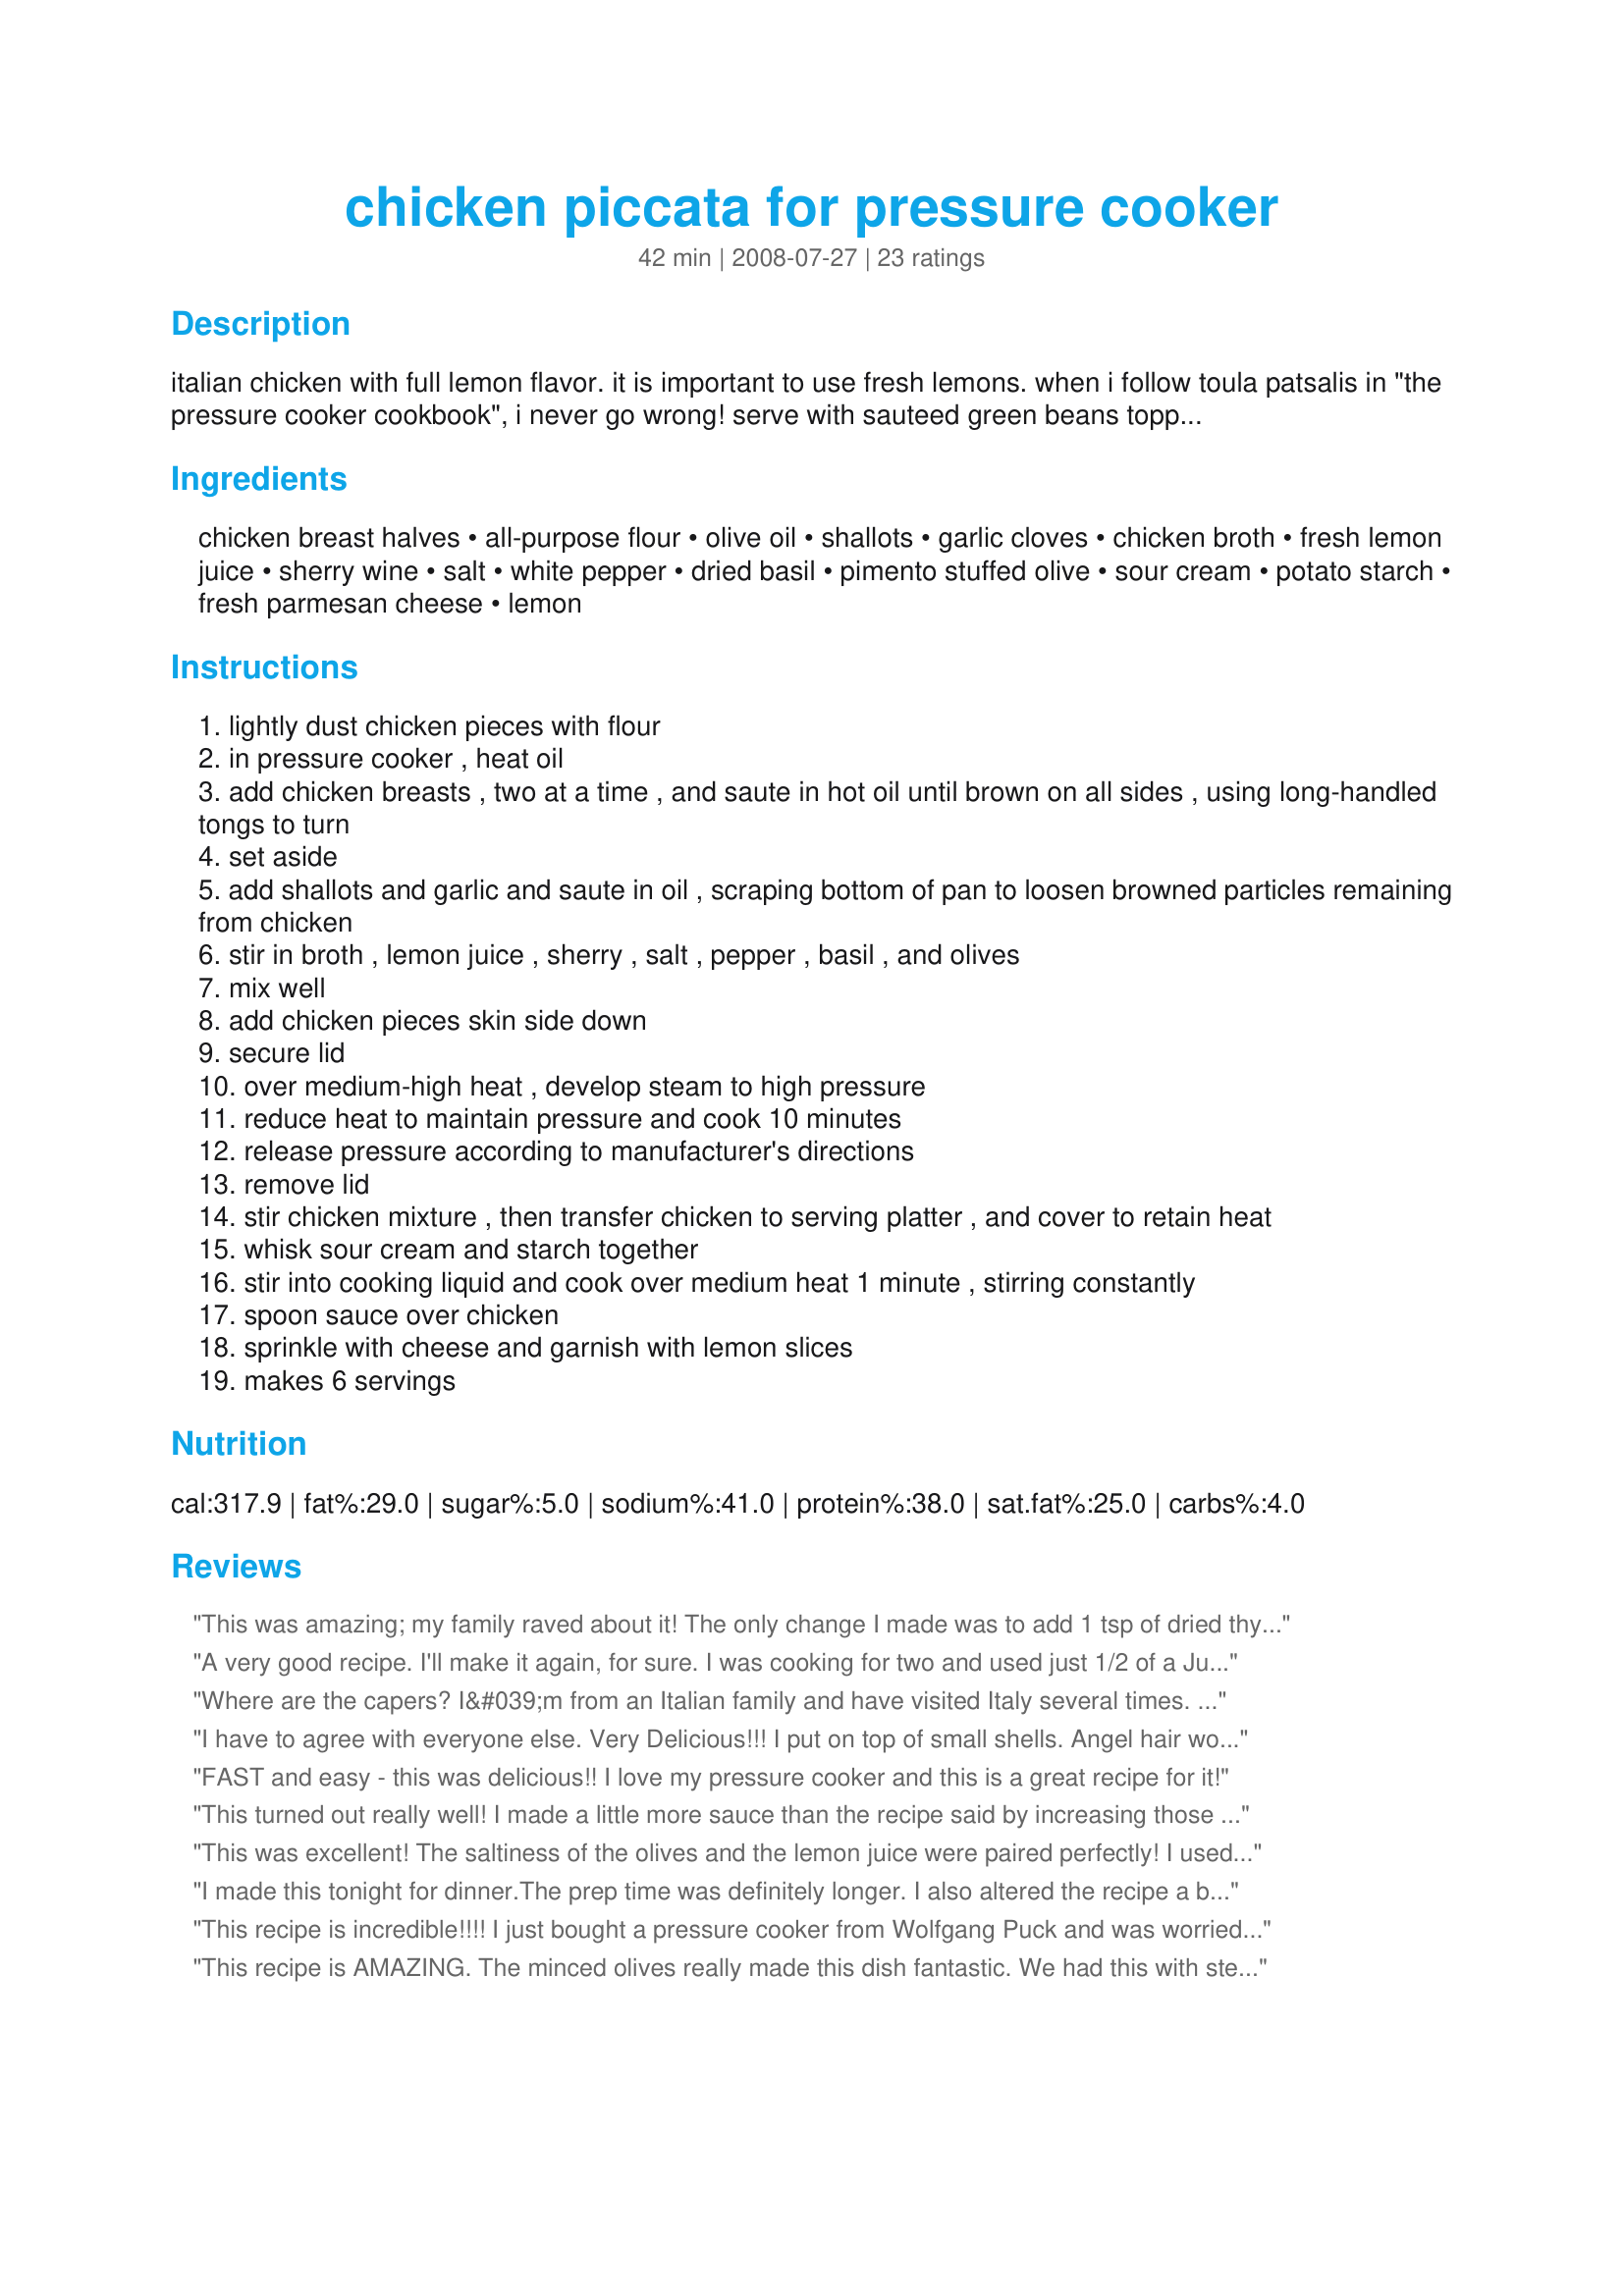
chicken piccata for pressure cooker
Preparation time: 42 minutes

italian chicken with full lemon flavor. it is important to use fresh lemons. when i follow toula patsalis in "the pressure cooker cookbook", i never go wrong! serve with sauteed green beans topped with toasted slivered almonds.

Ingredients:
chicken breast halves, all-purpose flour, olive oil, shallots, garlic cloves, chicken broth, fresh lemon juice, sherry wine, salt, white pepper, dried basil, pimento stuffed olive, sour cream, potato starch, fresh parmesan cheese, lemon

Steps:
lightly dust chicken pieces with flour
in pressure cooker , heat oil
add chicken breasts , two at a time , and saute in hot oil until brown on all sides , using long-handled tongs to turn
set aside
add shallots and garlic and saute in oil , scraping bottom of pan to loosen browned particles remaining from chicken
stir in broth , lemon juice , sherry , salt , pepper , basil , and olives
mix well
add chicken pieces skin side down
secure lid
over medium-high heat , develop steam to high pressure
reduce heat to maintain pressure and cook 10 minutes
release pressure according to manufacturer's directions
remove lid
stir chicken mixture , then transfer chicken to serving platter , and cover to retain heat
whisk sour cream and starch together
stir into cooking liquid and cook over medium heat 1 minute , stirring constantly
spoon sauce over chicken
sprinkle with cheese and garnish with lemon slices
makes 6 servings

Reviews:
This was amazing; my family raved about it! The only change I made was to add 1 tsp of dried thyme because I always add thyme to lemon-chicken. :) This is a definite keeper for us; thanks for sharing it! I am always looking for great recipes for my PC.
A very good recipe. I'll make it again, for sure. I was cooking for two and used just 1/2 of a Jurassic Park-sized, boneless-skinless chicken breast (16+ ounces). I used much less than 1/4 cup of olive oil since I was only browning 1/2 a breast. I made the full amount of sauce as I was serving it over spaghetti. One cup of olives seemed excessive, I used 1/2 C and it was just fine. Next time, I'll cut the lemon juice by 1 or 2 Tbs. and I think it'll be just perfect for my taste. Thanks for the recipe and I'll have to check out that slow cooker cookbook you mentioned.
Where are the capers? I&#039;m from an Italian family and have visited Italy several times. Capers are ALWAYS a part of picatta in my book. I guess the olives took the place of the capers in this recipe. I followed the recipe pretty closely except I used a jar (about 1/4 cup) of capers in place of the olives. I also left out the cream. It came out quite good! Although I haven&#039;t tried it in my pressure cooker, thinly sliced pork loin can be used instead of chicken. Works great on the stove in a csat iron skillet, so should work fine with this recipe. Over all, good recipe!
I have to agree with everyone else. Very Delicious!!! I put on top of small shells. Angel hair would have been even better!!
FAST and easy - this was delicious!! I love my pressure cooker and this is a great recipe for it!
This turned out really well! I made a little more sauce than the recipe said by increasing those ingredients. I'm glad I did cuz we loved it. I also used jalapeno stuffed olives as that's what I had on hand.
This was excellent! The saltiness of the olives and the lemon juice were paired perfectly! I used chicken breasts and they were SO tender. I would recommend eliminating the 2 t. of salt, I think it was salty enough.
I made this tonight for dinner.The prep time was definitely longer. I also altered the recipe a bit. I had everything I needed except chicken broth, so I used 2 packets of oodles-a-noodles with 1 cup of water, I didn&#039;t use olives &amp; I used half of a lemon ( I don&#039;t like a over powering of lemon flavor). &amp; I served it over spaghetti. Very tasty dish. I will definitely make it again.
This recipe is incredible!!!! I just bought a pressure cooker from Wolfgang Puck and was worried about finding some recipes, considering the book they send you is a joke...I decided to try this one and I have to tell you,...I made it for my family of 5 and when dinner was done there was not a drop to be found!!!! My sons are very picky and never finish their dinner and it was GONE! The only things I changed were: I added more chicken broth (I like it to have more of a sauce) I used a whole can...and used two fresh lemons ( it was nice and tart) and added mushrooms.

The compliments at dinner was definately note worthy and definate a do over! Thank you for this fantastic recipe, can't wait to try more!
This recipe is AMAZING. The minced olives really made this dish fantastic. We had this with steamed broccoli. It was a hit and has been placed on our &quot;menu rotation&quot;.
Sounds good but I don't have a pressure cooker so do I put in the oven and bake for how long or what?
I love using my pressure cooker and this recipe is a perfect reason why. I used white wine for the sherry and garlic jalapeno stuffed olives. I was impressed that the breading on the chicken stayed perfectly intact after cooker! I served over a wild rice blend and with a side a peas. THANKS for telling the book's author! I just ordered myself a copy.
Roxygirl
I'm so glad to have another delicious recipe that uses my pressure cooker! The only change I made was to substitute about half a yellow onion for the shallots because that's what I had. Thanks!
Great recipe! Don't have a pressure cooker so I cooked the chicken with the other ingredients for about 20 minutes after following the first few steps and added the sour cream mixture right after removing the chicken and before serving. Yum, the sour cream is a touch of genius. This will be my go to for awhile. Also, used sliced kalamita olives in place of the stuffed ones; olives of some type I think are essential to bringing out the flavor.
I made this for dinner tonight using my electric pressure cooker. It turned out great! I made a few changes though. We don't like olives so I used artichokes. I didn't have any sherry so I used (white) pinot gris. Also, I cut the chicken up a little before browning it because it is easier to eat that way. My husband and I both liked it. I think it tastes just like Macaroni Grill's chicken piccata since I used the artichokes....just needed a side of rosemary bread. :o)
This was so tasty, just loved it!!! I made this as written, except used 3 very large chicken breast halves but kept the same amount for the sauce, as I was serving it over pasta and left out the olives. I loved how it infused the flavor into the chicken. Will definitely make again, but will probably sub boneless, skinless chicken breasts and decrease the cooking time. Thanks for sharing a great recipe Kate. Made for 123 tag.
Geat recipe- the chicken is amazing in the pressure cooker- Thanks for sharing
YUM! I followed this to the letter and used fat free sour cream - it was divine!! I even served it with sautÃ©ed green beans topped with toasted almonds. I had some brown butter in the fridge, so I mixed it with olive oil for the bean sautÃ© - a very decadent taste. Mmmm...
Next time (because I will be making this again) I will cut back on the salt, as I find the olives add quite an intense saltiness of their own. Thank you for posting this great, unique recipe!!
I made this recipe as directed using thin boneless, skinless chicken breasts. It was fantastic. The sauce was flavorful without being overpowering, and the chicken was juicy and delicious. I cut cooking time down to 7 minutes as I was using thinner breasts. I will definately be making this again!
This recipe is amazing! I wasn't impressed with my new electronic pressure cooker until now! Can't wait to try more recipes from this author as I purchased her cookbook based on this experience.
I made this 3 times so far. Fantastic dish lots of prep time. Way more than ten min.
OMG, this was fabulous for us. It has quite unique flavours with the lemon, sherry & olives that went wow in our mouths. I used italian olives for regular ones so that may have contributed a stronger olive taste. However, we really enjoyed it but I might cut back abit so it doesn't stand out more than everything else. Easy to put together & the cooking times are right on the money! Makes me want to run out to get Toula's cookbook. Thanks for sharing.
Excellent recipe and very easy. I used bone in skinless chicken thighs. I seasoned the flour w/garlic, red and black pepper before coating chicken. I also used a whole can of roasted garlic chicken broth(what I had in pantry) and added some mushrooms. Served over rice. Will be making this again
